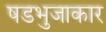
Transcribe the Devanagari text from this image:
षडभुजाकार